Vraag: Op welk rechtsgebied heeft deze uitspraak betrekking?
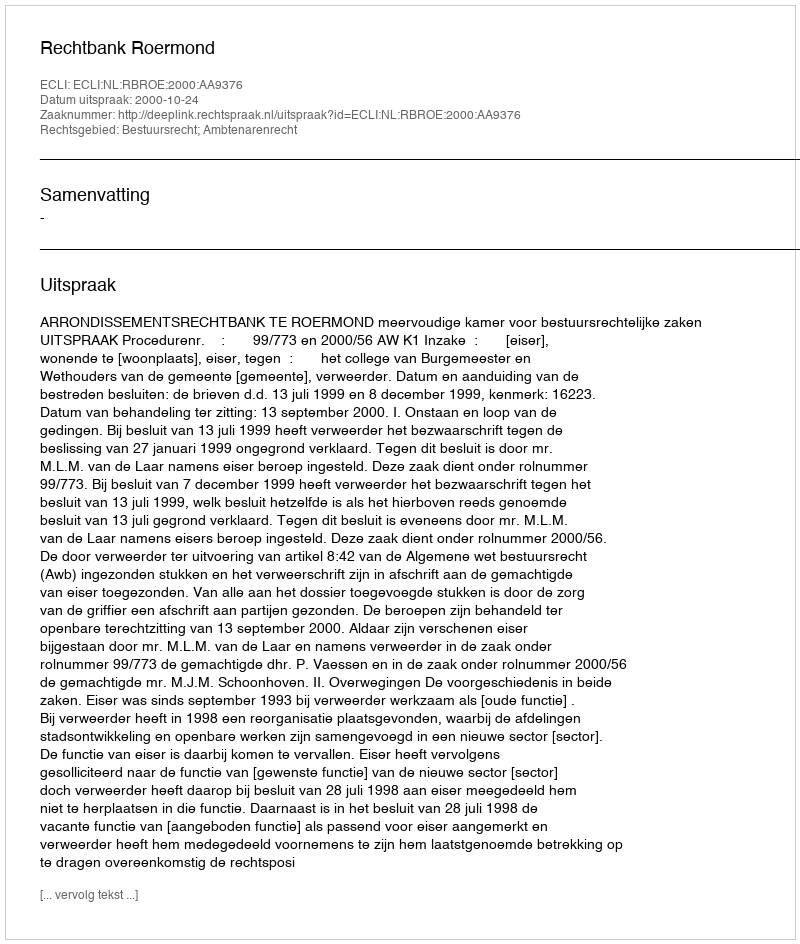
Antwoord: Bestuursrecht; Ambtenarenrecht